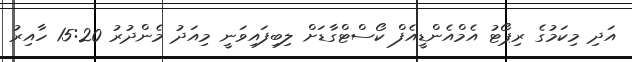
އަދި މިކަމުގެ ރިޕޯޓު އެމްއެންޑީއެފް ކޯސްޓްގާޑަށް ލިބިފައިވަނީ މިއަދު މެންދުރު 15:20 ހާއިރު